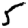
Digit: 5